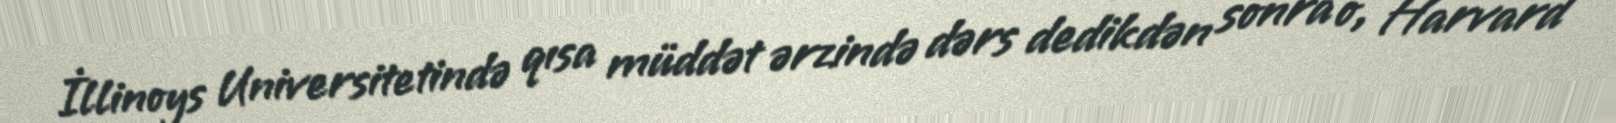
İllinoys Universitetində qısa müddət ərzində dərs dedikdən sonra o, Harvard